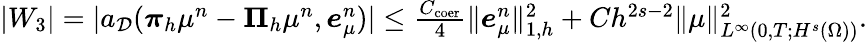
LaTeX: \begin{array}{r}{|W_{3}|=|a_{\mathcal{D}}(\boldsymbol{\pi}_{h}\mu^{n}-\boldsymbol{\Pi}_{h}\mu^{n},\boldsymbol{e}_{\mu}^{n})|\leq\frac{C_{\mathrm{coer}}}{4}\| \boldsymbol{e}_{\mu}^{n}\| _{1,h}^{2}+Ch^{2s-2}\| \mu\| _{L^{\infty}(0,T;H^{s}(\Omega))}^{2}.}\end{array}